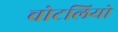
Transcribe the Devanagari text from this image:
चोटलियो